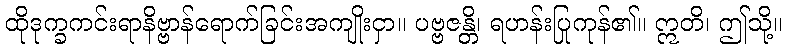
ထိုဒုက္ခကင်းရာနိဗ္ဗာန်ရောက်ခြင်းအကျိုးငှာ။ ပဗ္ဗဇန္တိ၊ ရဟန်းပြုကုန်၏။ ဣတိ၊ ဤသို့။